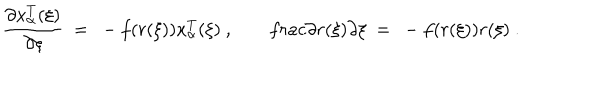
\frac { \partial x _ { \alpha } ^ { T } ( \xi ) } { \partial \xi } \ = \ - f ( r ( \xi ) ) x _ { \alpha } ^ { T } ( \xi ) \ , \ \ \ \, \frac { \partial r ( \xi ) } { \partial \xi } \ = \ - f ( r ( \xi ) ) r ( \xi ) \ .